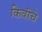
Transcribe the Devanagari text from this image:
किवीचे